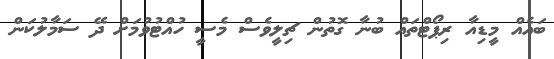
ބައެއް މީޑިއާ ރިޕޯޓްތައް ބުނާ ގޮތުން ޗިލީވެސް މެސީ ހުއްޓުވުމަށް ދޭ ސަމާލުކަން